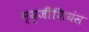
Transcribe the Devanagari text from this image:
म्युजीशियंस